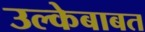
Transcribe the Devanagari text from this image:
उल्केबाबत